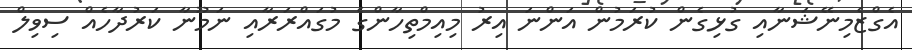
އެގްޒެމިނޭޝަނާއި ގުޅިގެން ކުރަމުން އަންނަ އިރު މިއިމްތިހާންގެ މުގައްރަރާއި ނަމޫނާ ކަރުދާހެއް ސިވިލް